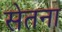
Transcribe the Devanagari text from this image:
सेतना